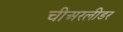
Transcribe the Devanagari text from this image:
चीअरलीडर